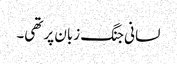
لسانی جنگ زبان پر تھی۔